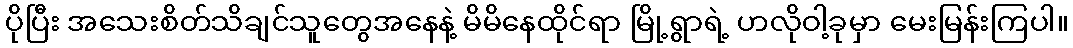
ပိုပြီး အသေးစိတ်သိချင်သူတွေအနေနဲ့ မိမိနေထိုင်ရာ မြို့ရွာရဲ့ ဟလိုဝါ့ခုမှာ မေးမြန်းကြပါ။